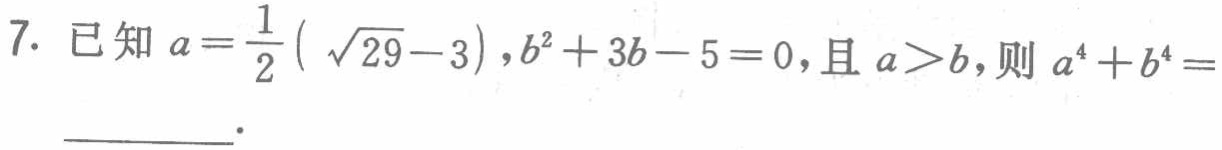
7. 已知$a = \frac{1}{2}( \sqrt{29} - 3),b^{2} + 3b - 5 = 0$,且$a > b$,则$a^{4} + b^{4} =$____.